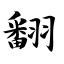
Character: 翻